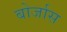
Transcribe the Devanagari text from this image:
बोर्जास